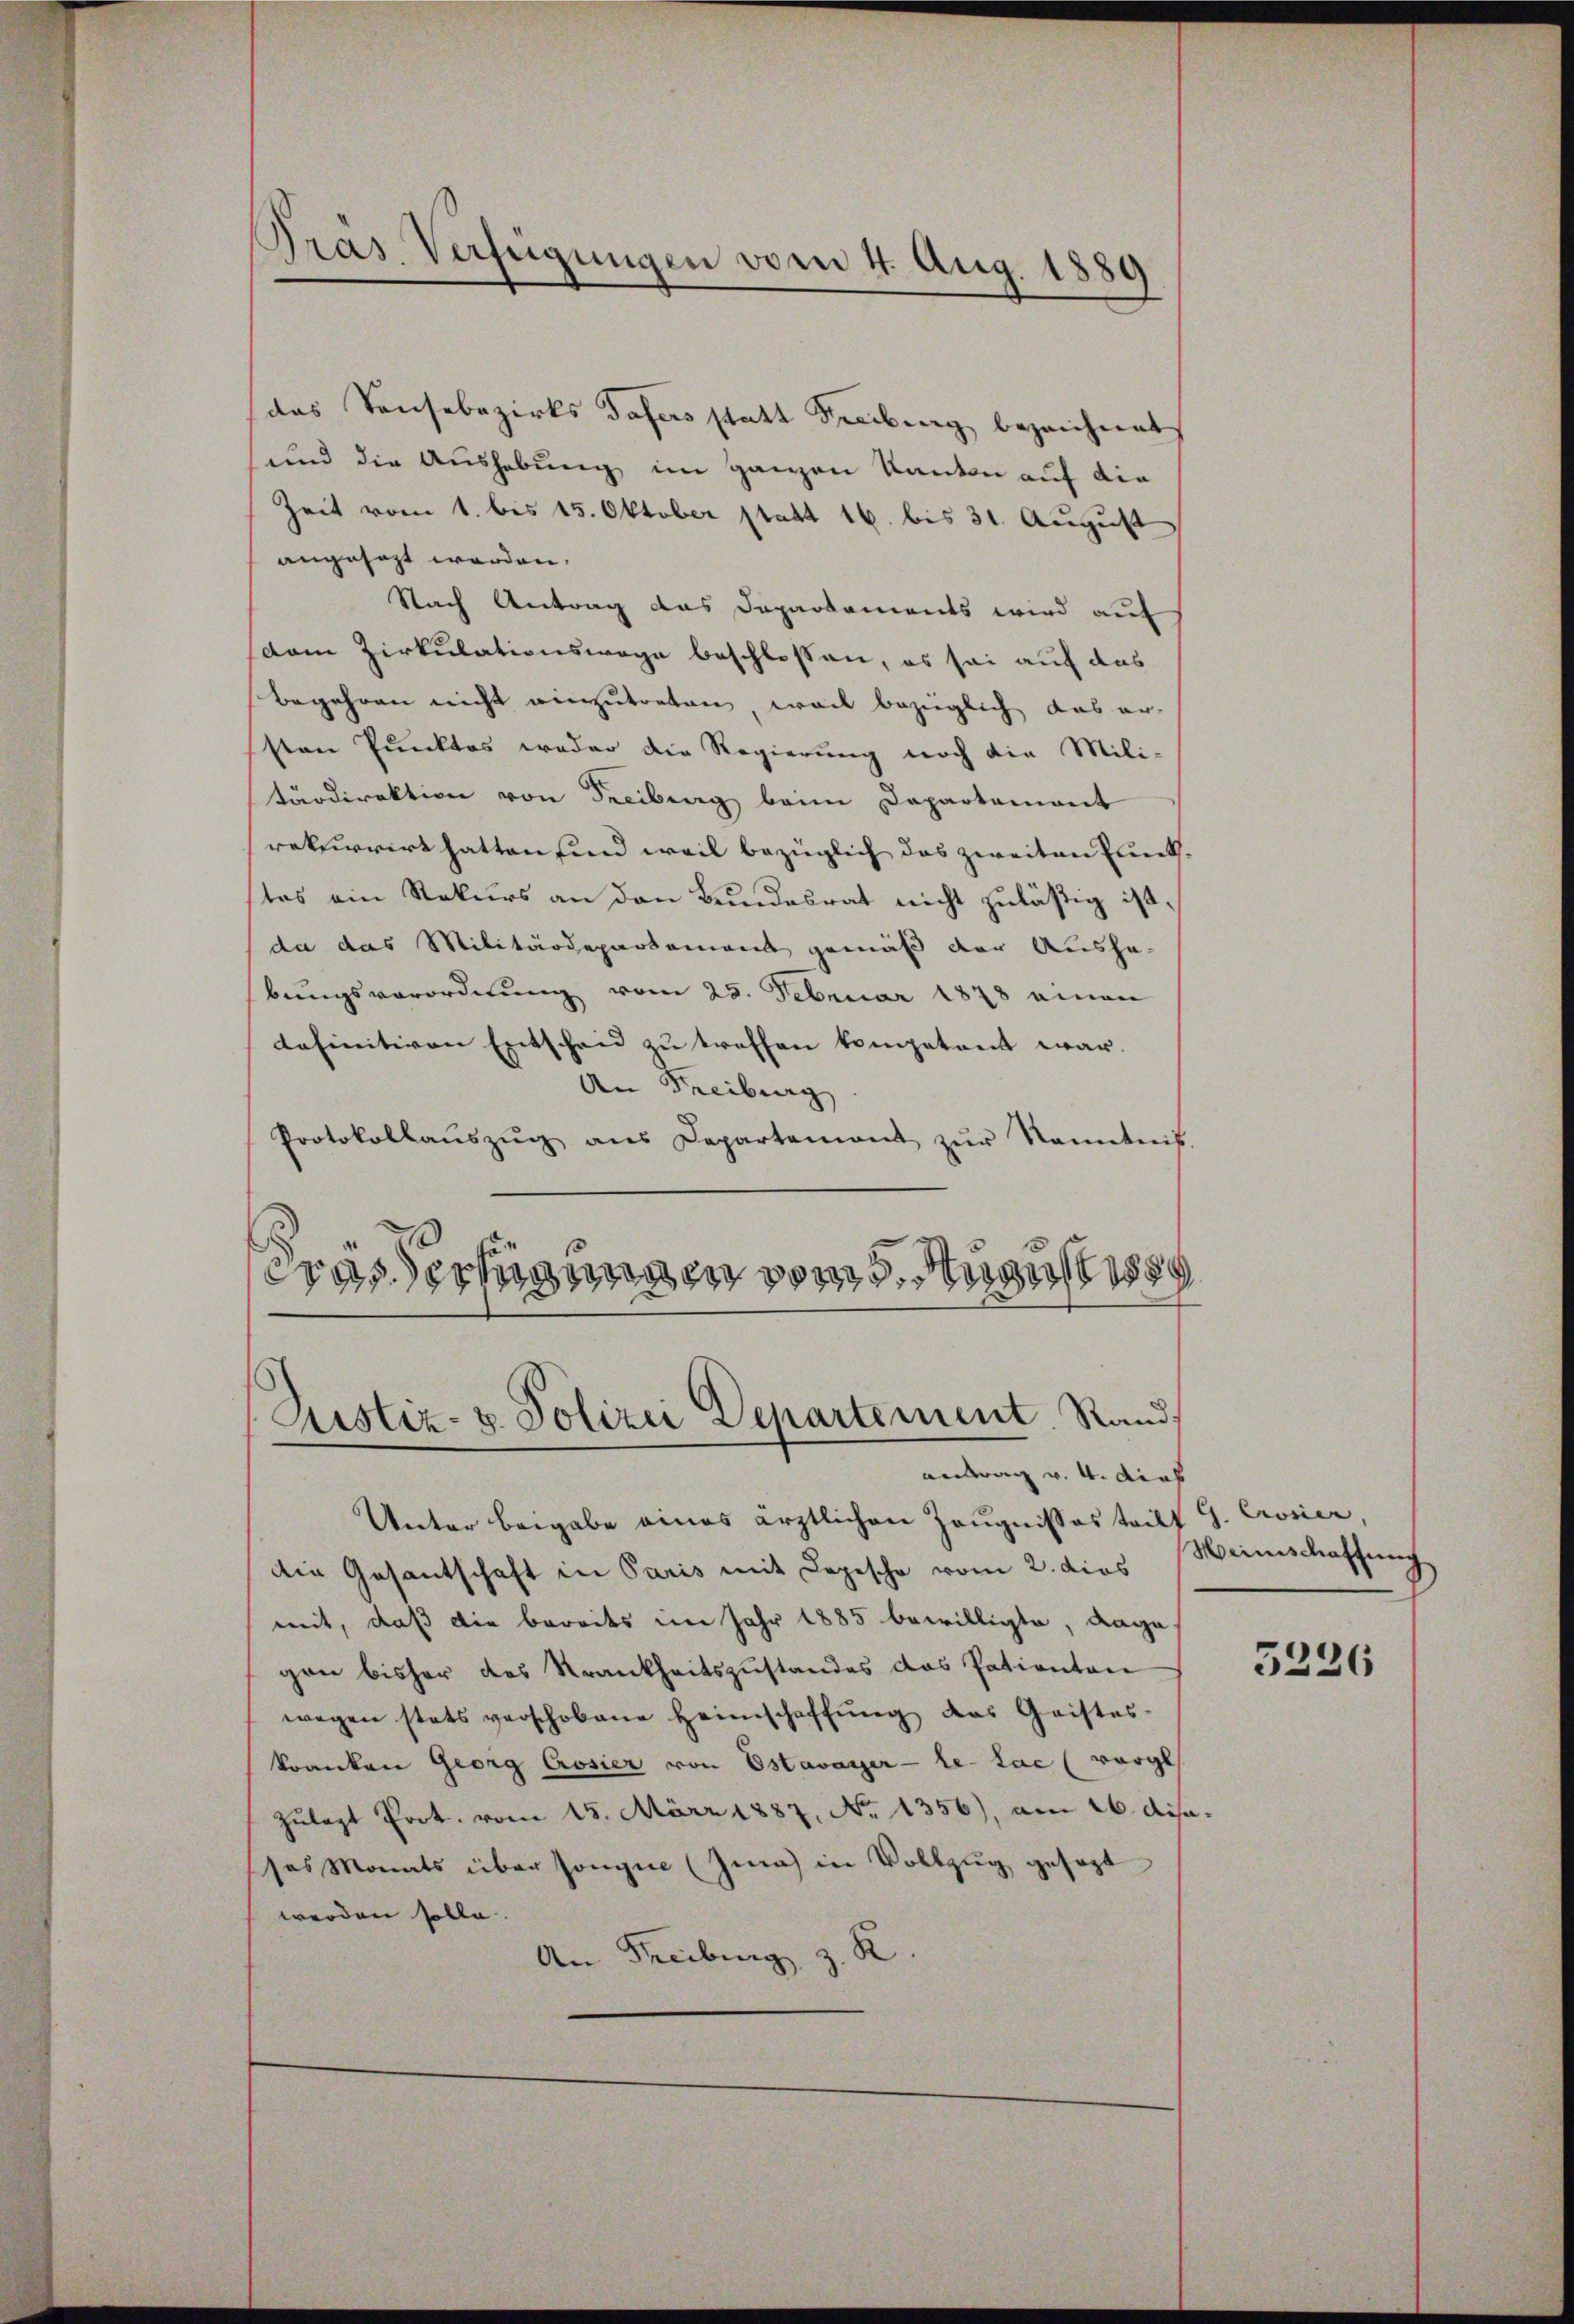
Pras Verfügungen vom 4. Aug. 1889

das Sonsabezirks dafers statt Freiburg bezeichnet
und die Aushebung im ganzen Kanton auf die
Zeit vom 1. bis 15. Oktober statt 16. bis 31. August
angesagt werden.
Nach Antrag das Daparkaments wird auf
dam Zirkulationswege beschloßen, es sei auf das
Begehren nicht einzutreten weil bezüglich das er-
sten Punktes weder die Regierung noch die Mili-
tärdirektion von Freiburg beim Departement
rekurrirt hatten sind weil bezüglich das zweiten Punkstes ein Rekurs an den Bundesrat nicht zuläßig ist,
da das Militärdepartement gemäß der Ausha
bungsverordnung vom 25. Februar 1878 einen
definitiven Entscheid zu treffen kompetent war.
An Freiburg
Protokollaŭszŭg ans Departement zŭr Kenntnis.
wassertigungen vom g

Justiz- & Polizei Departement Rands
antrag v. 4. dies

Unter beigabe eines ärztlichen Zeugnisses triff
Die Gesantschaft in Paris mit Depesche vom 2. dies
mit, daß die bereits im Jahr 1885 bewilligte, dage
gen bisher das Krankheitszustandes das Patienten
wegen stets verschobene Heimschaffŭng das Geistes-
kranken Georg Cosier von Estavayer-le-Lac (vergl
zulast Port. vom 15. März 1887, No 1356), am 26. disasas Monats über songue (Zia) in Vollzug gesagt
werden solle.
An Freiburg z. R.

. Cronier,
Heimschaffung
5226